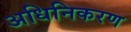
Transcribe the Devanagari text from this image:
अधिनिकरण